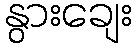
နွားချေး